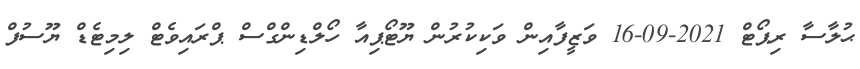
ޙުލާސާ ރިޕޯޓް 2021-09-16 ވަޒީފާއިން ވަކިކުރުން ޔޫޓޯޕިއާ ހޯލްޑިންގްސް ޕްރައިވެޓް ލިމިޓެޑް ޔޫސުފް